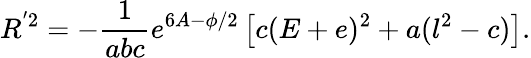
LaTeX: R^{'2}=-\frac{1}{abc}e^{6A-\phi/2}\left[c(E+e)^{2}+a(l^{2}-c)\right].